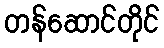
တန်ဆောင်တိုင်